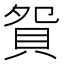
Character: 𧵍